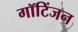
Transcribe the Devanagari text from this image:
गॉटिंजन